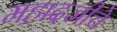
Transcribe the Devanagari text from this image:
महादजीचे